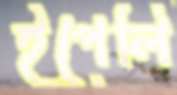
ইপেলি